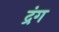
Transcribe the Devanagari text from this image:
द्रंग